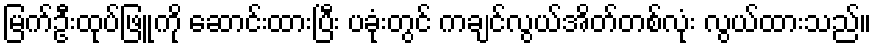
မြက်ဦးထုပ်ဖြူကို ဆောင်းထားပြီး ပခုံးတွင် ကချင်လွယ်အိတ်တစ်လုံး လွယ်ထားသည်။